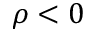
\rho < 0